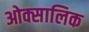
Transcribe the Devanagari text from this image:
ओक्सालिक